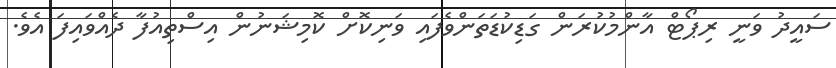
ސައީދު ވަނީ ރިޕޯޓް އާންމުކުރަން ގަޑިކުޑަތަންވެފައި ވަނިކޮށް ކޮމިޝަނުން އިސްތިއުފާ ދެއްވައިފަ އެވެ.